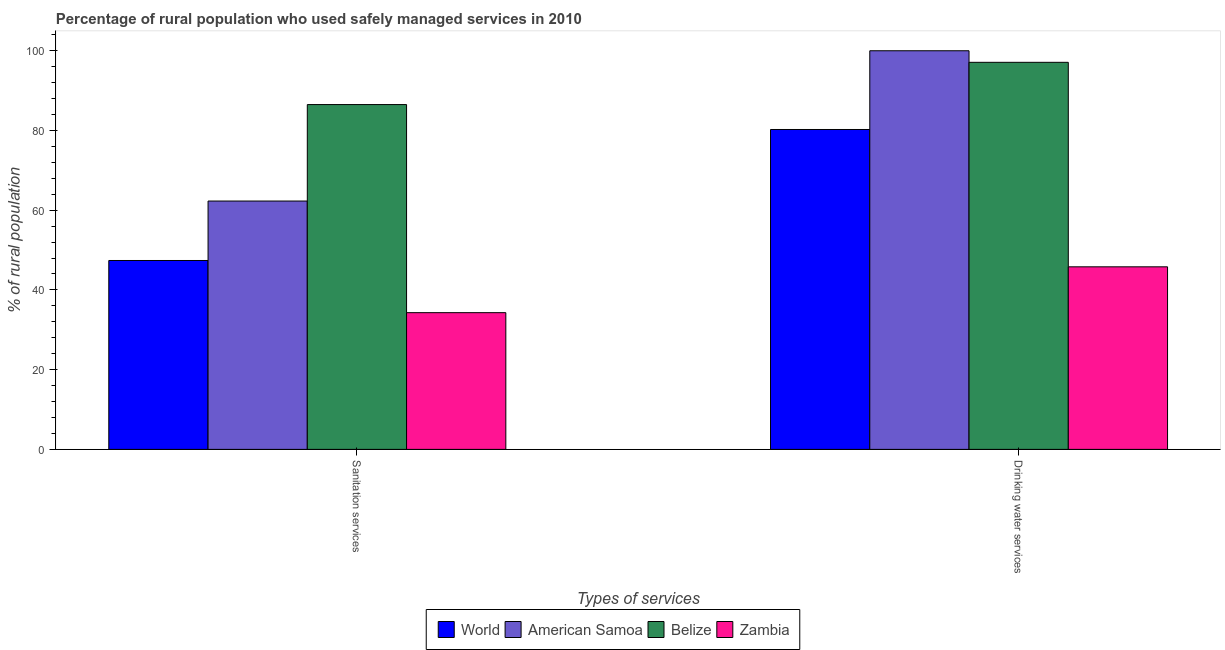
| Types of services | World | American Samoa | Belize | Zambia |
 | --- | --- | --- | --- | --- |
 | Sanitation services | 47.4 | 62.3 | 86.5 | 34.3 |
 | Drinking water services | 80.2 | 100 | 97.1 | 45.8 |